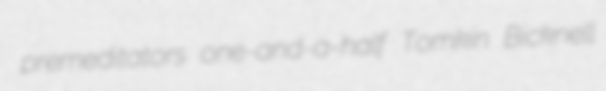
premeditators one-and-a-half Tomkin Bicknell